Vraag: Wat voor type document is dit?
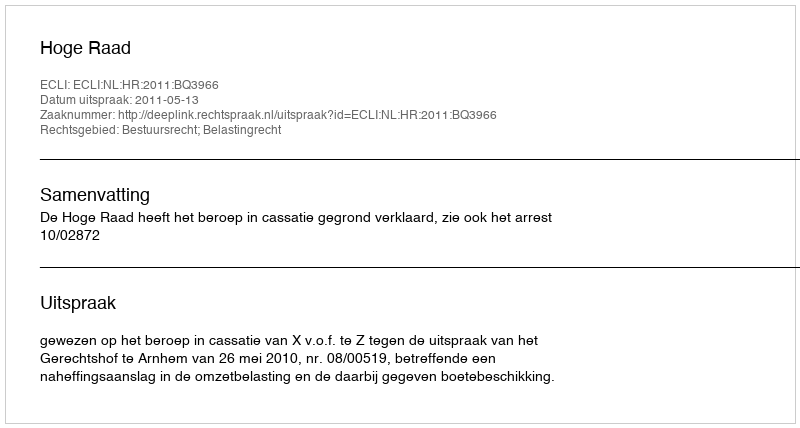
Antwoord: Uitspraak